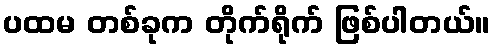
ပထမ တစ်ခုက တိုက်ရိုက် ဖြစ်ပါတယ်။